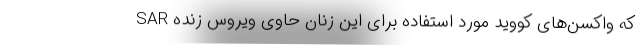
که واکسن‌های کووید مورد استفاده برای این زنان حاوی ویروس زنده SAR